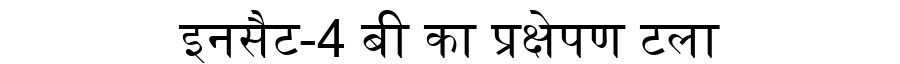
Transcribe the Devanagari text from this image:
इनसैट-4 बी का प्रक्षेपण टला